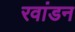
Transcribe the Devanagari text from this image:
रवांडन